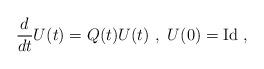
LaTeX: \begin{align*}\frac{d}{dt}U(t)=Q(t)U(t)\ ,\ U(0)=\mathrm{Id}\ ,\end{align*}